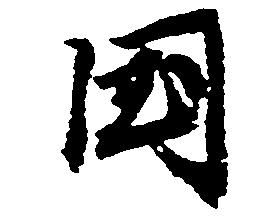
国